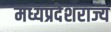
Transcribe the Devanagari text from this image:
मध्यप्रदेशराज्य